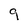
Character: 9